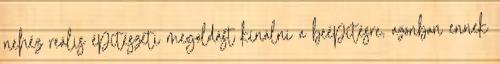
nehéz reális építészeti megoldást kínálni a beépítésre, azonban ennek